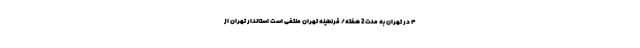
۴ در تهران به مدت 2 هفته/ قرنطینه تهران منتفی است استاندار تهران از